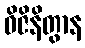
ဝိဇိနိတွာန